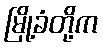
မြို့ခံတို့က